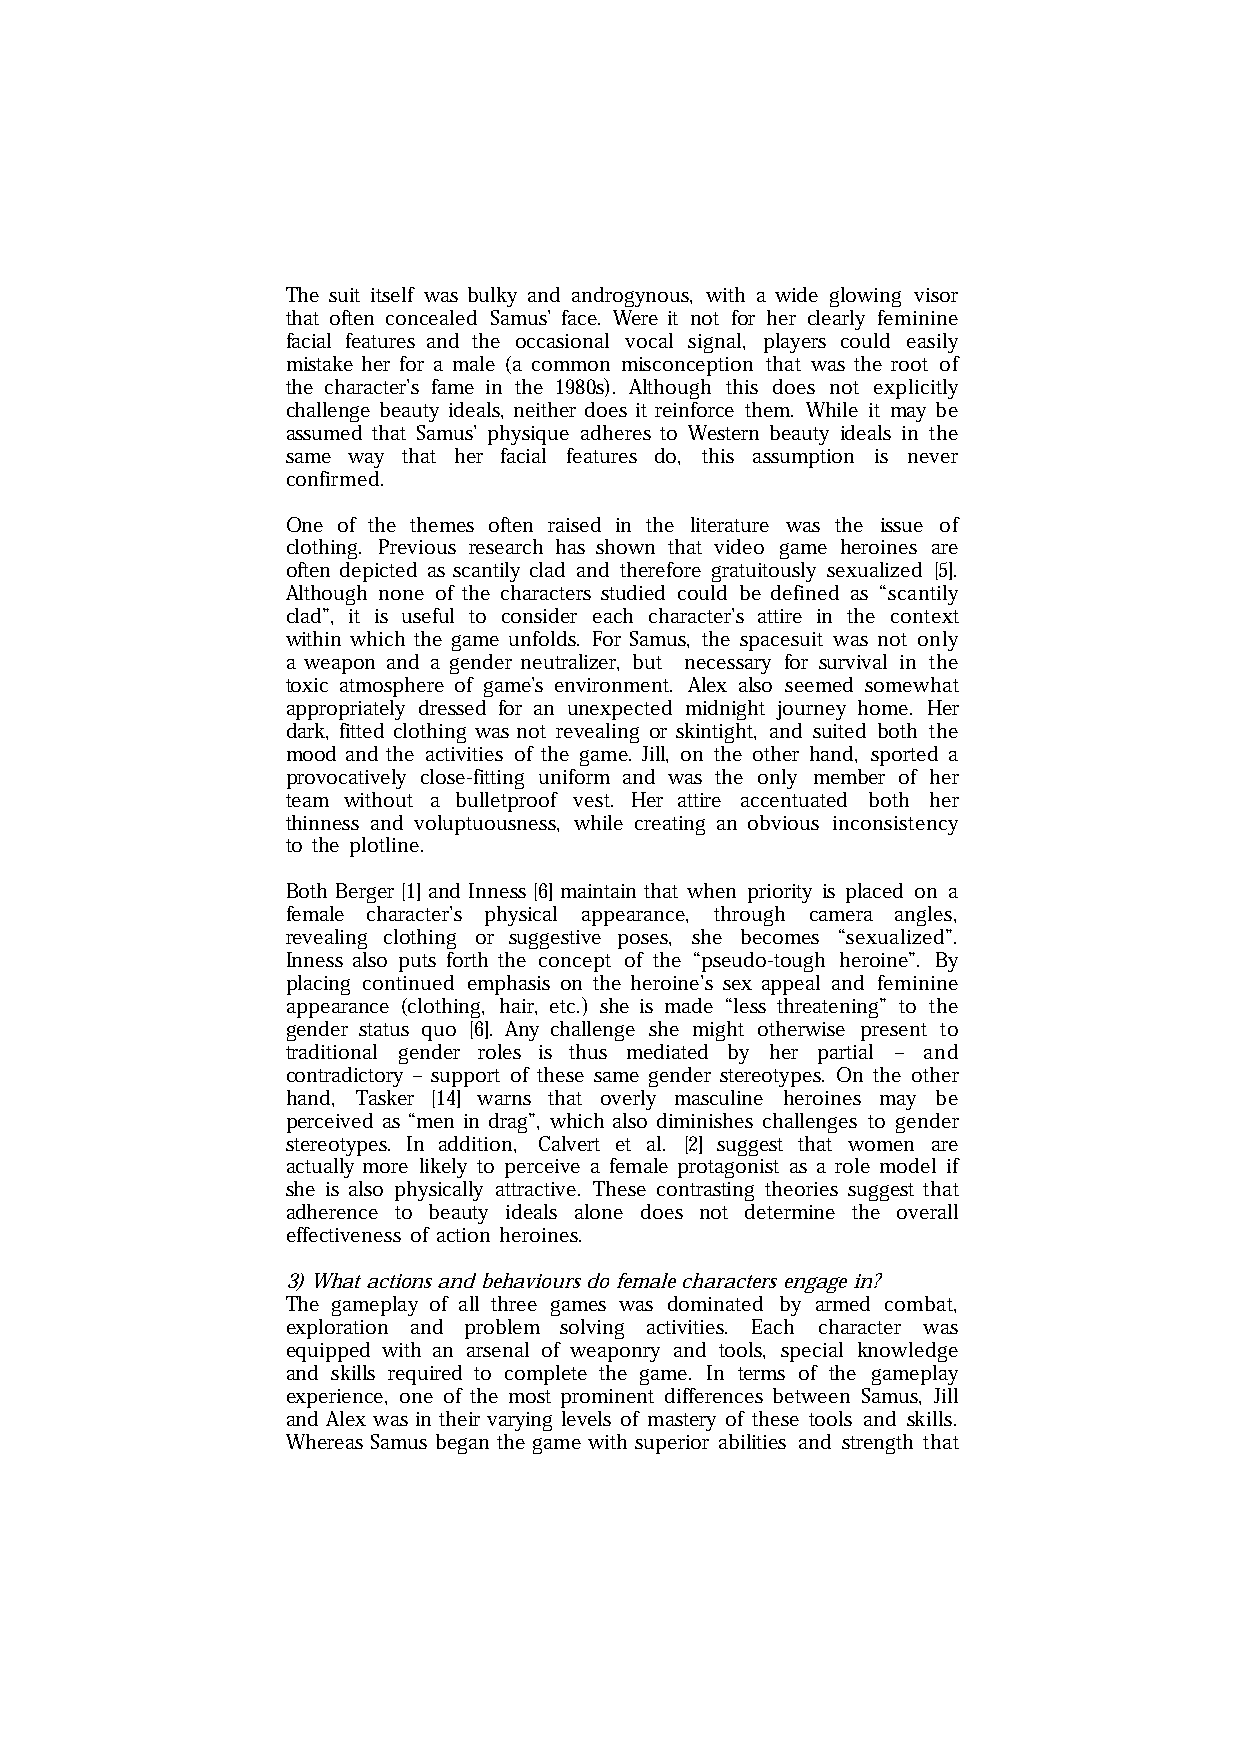
The suit itself was bulky and androgynous, with a wide glowing visor
 that often concealed Samus’ face. Were it not for her clearly feminine
 facial features and the occasional vocal signal, players could easily
 mistake her for a male (a common misconception that was the root of
 the character’s fame in the 1980s). Although this does not explicitly
 challenge beauty ideals, neither does it reinforce them. While it may be
 assumed that Samus’ physique adheres to Western beauty ideals in the
 same way that her facial features do, this assumption is never
 confirmed.
 One of the themes often raised in the literature was the issue of
 clothing. Previous research has shown that video game heroines are
 often depicted as scantily clad and therefore gratuitously sexualized [5].
 Although none of the characters studied could be defined as “scantily
 clad”, it is useful to consider each character’s attire in the context
 within which the game unfolds. For Samus, the spacesuit was not only
 a weapon and a gender neutralizer, but necessary for survival in the
 toxic atmosphere of game’s environment. Alex also seemed somewhat
 appropriately dressed for an unexpected midnight journey home. Her
 dark, fitted clothing was not revealing or skintight, and suited both the
 mood and the activities of the game. Jill, on the other hand, sported a
 provocatively close-fitting uniform and was the only member of her
 team without a bulletproof vest. Her attire accentuated both her
 thinness and voluptuousness, while creating an obvious inconsistency
 to the plotline.
 Both Berger [1] and Inness [6] maintain that when priority is placed on a
 female character’s physical appearance, through camera angles,
 revealing clothing or suggestive poses, she becomes “sexualized”.
 Inness also puts forth the concept of the “pseudo-tough heroine”. By
 placing continued emphasis on the heroine’s sex appeal and feminine
 appearance (clothing, hair, etc.) she is made “less threatening” to the
 gender status quo [6]. Any challenge she might otherwise present to
 traditional gender roles is thus mediated by her partial – and
 contradictory – support of these same gender stereotypes. On the other
 hand, Tasker [14] warns that overly masculine heroines may be
 perceived as “men in drag”, which also diminishes challenges to gender
 stereotypes. In addition, Calvert et al. [2] suggest that women are
 actually more likely to perceive a female protagonist as a role model if
 she is also physically attractive. These contrasting theories suggest that
 adherence to beauty ideals alone does not determine the overall
 effectiveness of action heroines.
 3) What actions and behaviours do female characters engage in?
 The gameplay of all three games was dominated by armed combat,
 exploration and problem solving activities. Each character was
 equipped with an arsenal of weaponry and tools, special knowledge
 and skills required to complete the game. In terms of the gameplay
 experience, one of the most prominent differences between Samus, Jill
 and Alex was in their varying levels of mastery of these tools and skills.
 Whereas Samus began the game with superior abilities and strength that